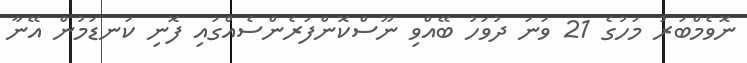
ނޮވެމްބަރު މަހުގެ 21 ވަނަ ދުވަހު ބޭއްވި ނޫސްކޮންފަރެންސެއްގައި ފޮނި ކަނޑަމުން އޭނާ